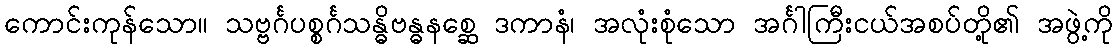
ကောင်းကုန်သော။ သဗ္ဗင်္ဂပစ္စင်္ဂသန္ဓိဗန္ဓနစ္ဆေ ဒကာနံ၊ အလုံးစုံသော အင်္ဂါကြီးငယ်အစပ်တို့၏ အဖွဲ့ကို